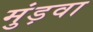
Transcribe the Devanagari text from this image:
मुंड़वा